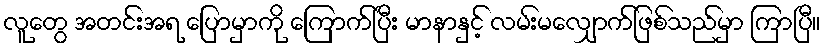
လူတွေ အတင်းအရ ပြောမှာကို ကြောက်ပြီး မာနာနှင့် လမ်းမလျှောက်ဖြစ်သည်မှာ ကြာပြီ။